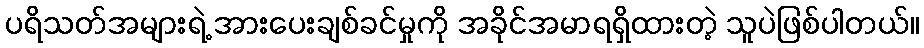
ပရိသတ်အများရဲ့ အားပေးချစ်ခင်မှုကို အခိုင်အမာရရှိထားတဲ့ သူပဲဖြစ်ပါတယ်။